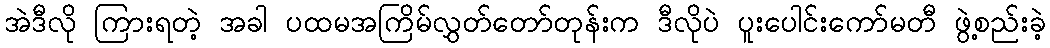
အဲဒီလို ကြားရတဲ့ အခါ ပထမအကြိမ်လွှတ်တော်တုန်းက ဒီလိုပဲ ပူးပေါင်းကော်မတီ ဖွဲ့စည်းခဲ့